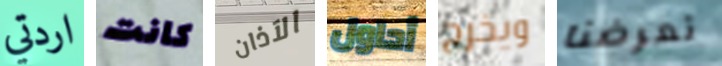
اردتي كانت الآذان أحاول ويخرج تعرضنا